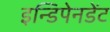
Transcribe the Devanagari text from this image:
इन्डिपेनडेंट